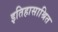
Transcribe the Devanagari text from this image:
इतिहासाश्रित